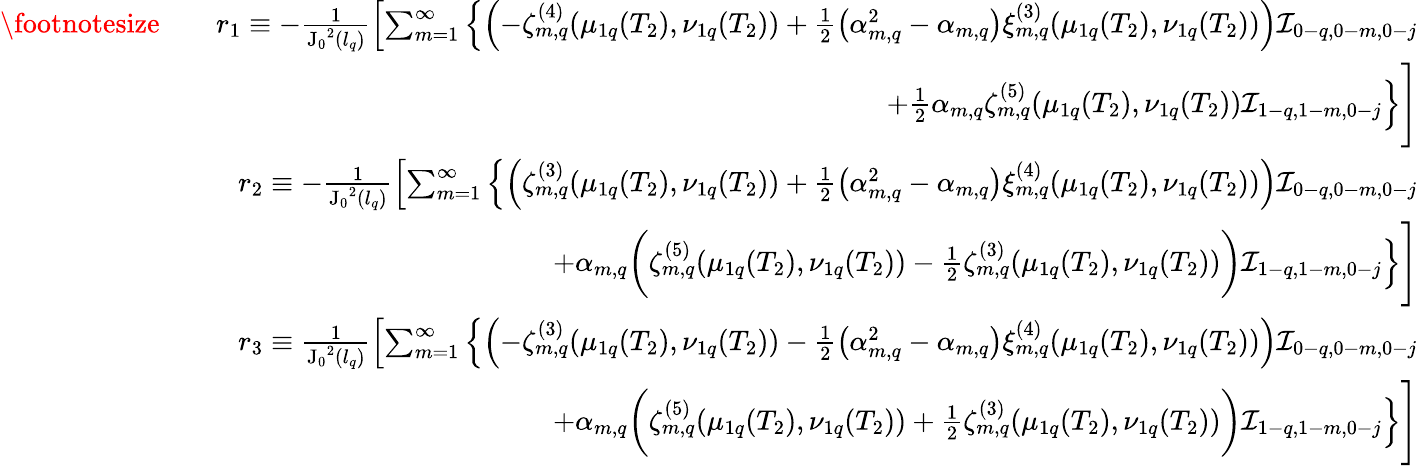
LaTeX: \begin{array}{rlr}{\footnotesize}&{}&{r_{1}\equiv-\frac{1}{\mathrm{J_{0}}^{2}(l_{q})}\left[\sum_{m=1}^{\infty}\left\{ \left(-\zeta_{m,q}^{(4)}(\mu_{1q}(T_{2}),\nu_{1q}(T_{2}))+\frac{1}{2}\left(\alpha_{m,q}^{2}-\alpha_{m,q}\right)\xi_{m,q}^{(3)}(\mu_{1q}(T_{2}),\nu_{1q}(T_{2}))\right)\mathcal{I}_{0-q,0-m,0-j}\right.\right.}\\ &{}&{\left.+\frac{1}{2}\alpha_{m,q}\zeta_{m,q}^{(5)}(\mu_{1q}(T_{2}),\nu_{1q}(T_{2}))\mathcal{I}_{1-q,1-m,0-j}\right\} \Bigg]}\\ &{}&{r_{2}\equiv-\frac{1}{\mathrm{J_{0}}^{2}(l_{q})}\left[\sum_{m=1}^{\infty}\left\{ \left(\zeta_{m,q}^{(3)}(\mu_{1q}(T_{2}),\nu_{1q}(T_{2}))+\frac{1}{2}\left(\alpha_{m,q}^{2}-\alpha_{m,q}\right)\xi_{m,q}^{(4)}(\mu_{1q}(T_{2}),\nu_{1q}(T_{2}))\right)\mathcal{I}_{0-q,0-m,0-j}\right.\right.}\\ &{}&{\left.+\alpha_{m,q}\bigg(\zeta_{m,q}^{(5)}(\mu_{1q}(T_{2}),\nu_{1q}(T_{2}))-\frac{1}{2}\zeta_{m,q}^{(3)}(\mu_{1q}(T_{2}),\nu_{1q}(T_{2}))\bigg)\mathcal{I}_{1-q,1-m,0-j}\right\} \Bigg]}\\ &{}&{r_{3}\equiv\frac{1}{\mathrm{J_{0}}^{2}(l_{q})}\left[\sum_{m=1}^{\infty}\left\{ \left(-\zeta_{m,q}^{(3)}(\mu_{1q}(T_{2}),\nu_{1q}(T_{2}))-\frac{1}{2}\left(\alpha_{m,q}^{2}-\alpha_{m,q}\right)\xi_{m,q}^{(4)}(\mu_{1q}(T_{2}),\nu_{1q}(T_{2}))\right)\mathcal{I}_{0-q,0-m,0-j}\right.\right.}\\ &{}&{\left.+\alpha_{m,q}\bigg(\zeta_{m,q}^{(5)}(\mu_{1q}(T_{2}),\nu_{1q}(T_{2}))+\frac{1}{2}\zeta_{m,q}^{(3)}(\mu_{1q}(T_{2}),\nu_{1q}(T_{2}))\bigg)\mathcal{I}_{1-q,1-m,0-j}\right\} \Bigg]}\end{array}